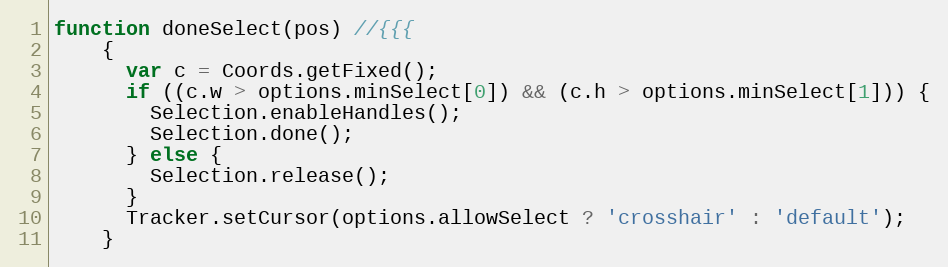
Language: JavaScript
function doneSelect(pos) //{{{
    {
      var c = Coords.getFixed();
      if ((c.w > options.minSelect[0]) && (c.h > options.minSelect[1])) {
        Selection.enableHandles();
        Selection.done();
      } else {
        Selection.release();
      }
      Tracker.setCursor(options.allowSelect ? 'crosshair' : 'default');
    }